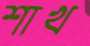
শাখ